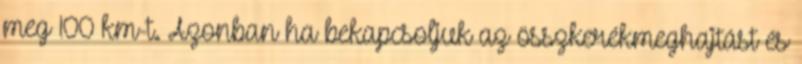
meg 100 km-t. Azonban ha bekapcsoljuk az összkerékmeghajtást és